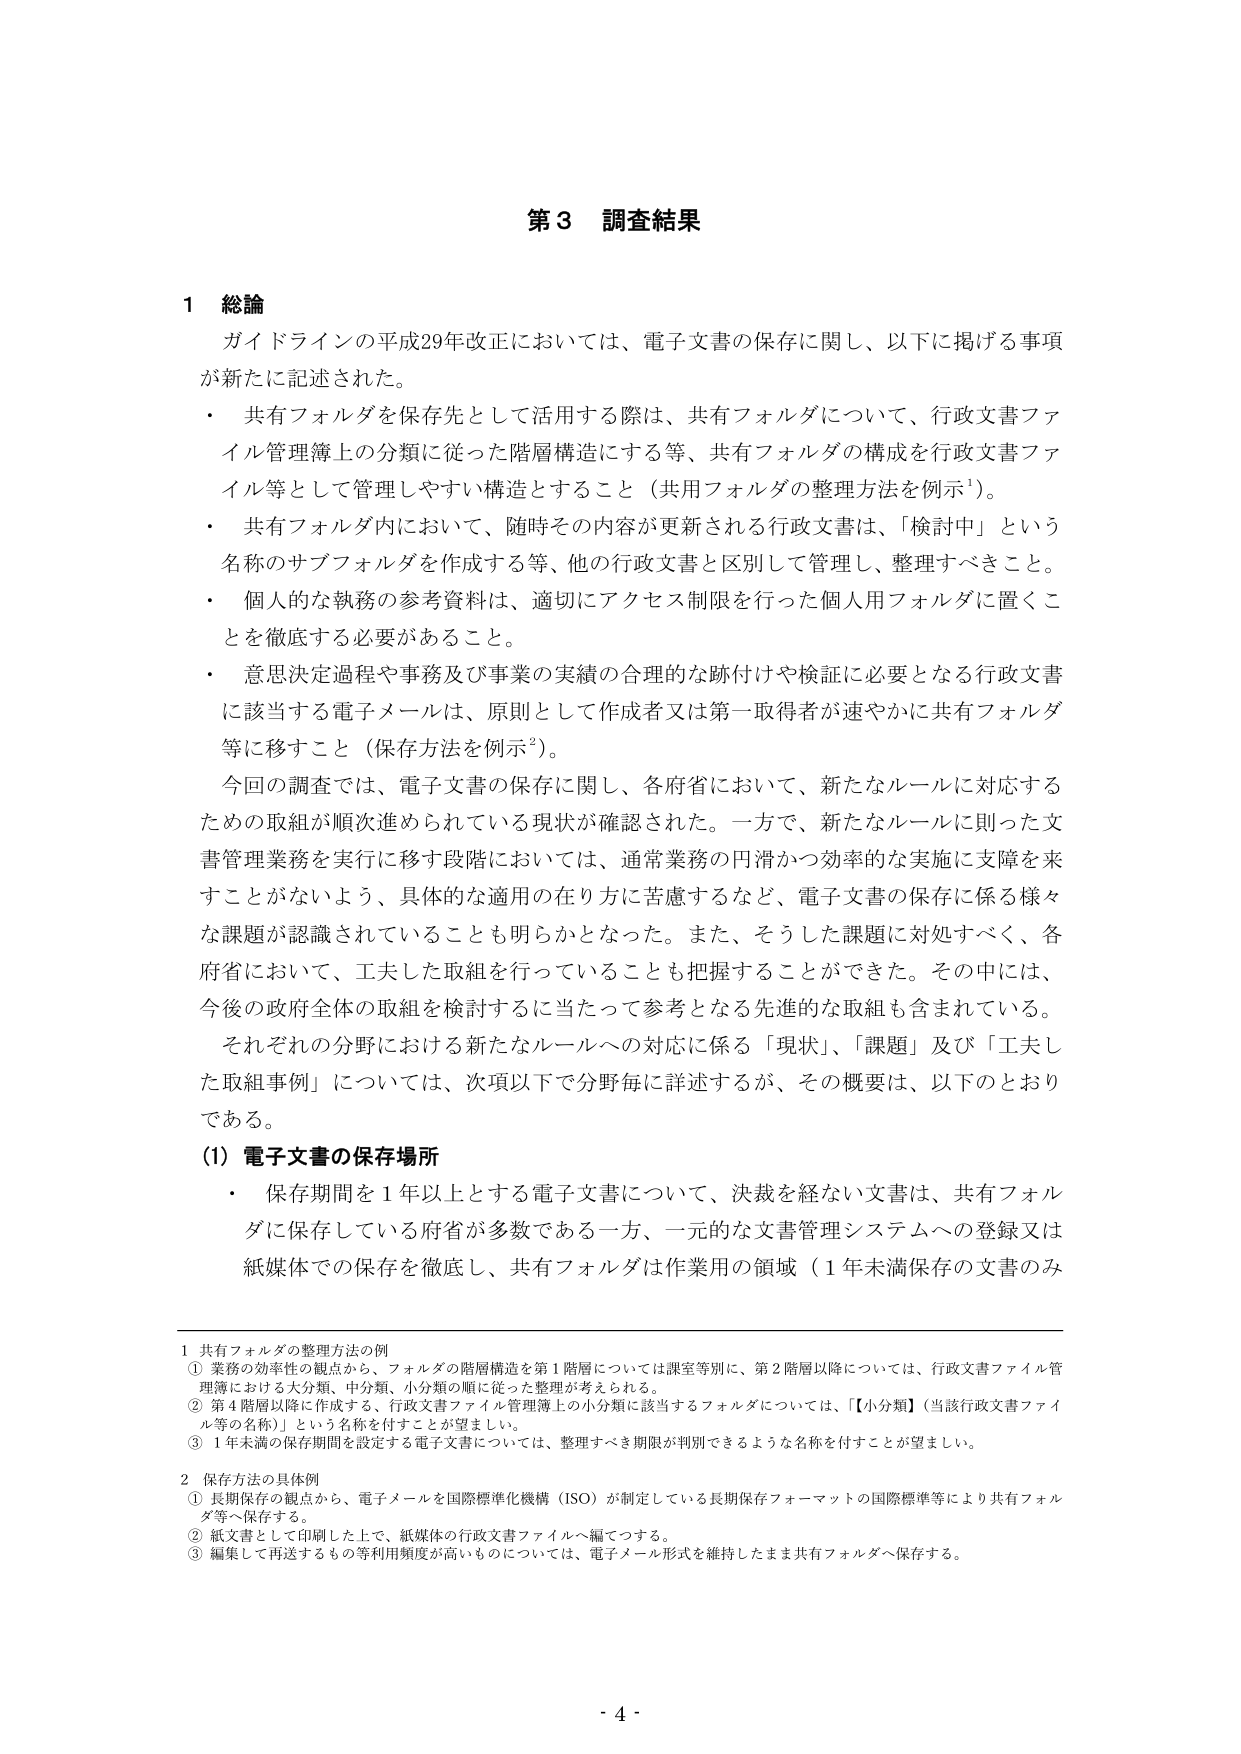
第3 調査結果

1 総論
ガイドラインの平成29年改正においては、電子文書の保存に関し、以下に掲げる事項が新たに記述された。
・ 共有フォルダを保存先として活用する際は、共有フォルダについて、行政文書ファイル管理簿上の分類に従った階層構造にする等、共有フォルダの構成を行政文書ファイル等として管理しやすい構造とすること（共用フォルダの整理方法を例示¹）。
・ 共有フォルダ内において、随時その内容が更新される行政文書は、「検討中」という名称のサブフォルダを作成する等、他の行政文書と区別して管理し、整理すべきこと。
・ 個人的な執務の参考資料は、適切にアクセス制限を行った個人用フォルダに置くことを徹底する必要があること。
・ 意思決定過程や事務及び事業の実績の合理的な跡付けや検証に必要となる行政文書に該当する電子メールは、原則として作成者又は第一取得者が速やかに共有フォルダ等に移すこと（保存方法を例示²）。
今回の調査では、電子文書の保存に関し、各府省において、新たなルールに対応するための取組が順次進められている現状が確認された。一方で、新たなルールに則った文書管理業務を実行に移す段階においては、通常業務の円滑かつ効率的な実施に支障を来すことがないよう、具体的な適用の在り方に苦慮するなど、電子文書の保存に係る様々な課題が認識されていることも明らかとなった。また、そうした課題に対処すべく、各府省において、工夫した取組を行っていることも把握することができた。その中には、今後の政府全体の取組を検討するに当たって参考となる先進的な取組も含まれている。
それぞれの分野における新たなルールへの対応に係る「現状」、「課題」及び「工夫した取組事例」については、次項以下で分野毎に詳述するが、その概要は、以下のとおりである。

(1) 電子文書の保存場所
・ 保存期間を1年以上とする電子文書について、決裁を経ない文書は、共有フォルダに保存している府省が多数である一方、一元的な文書管理システムへの登録又は紙媒体での保存を徹底し、共有フォルダは作業用の領域（1年未満保存の文書のみ

1 共有フォルダの整理方法の例
① 業務の効率性の観点から、フォルダの階層構造を第1階層については課室等別に、第2階層以降については、行政文書ファイル管理簿における大分類、中分類、小分類の順に従った整理が考えられる。
② 第4階層以降に作成する、行政文書ファイル管理簿上の小分類に該当するフォルダについては、「【小分類】（当該行政文書ファイル等の名称）」という名称を付することが望ましい。
③ 1年未満の保存期間を設定する電子文書については、整理すべき期限が判別できるような名称を付することが望ましい。

2 保存方法の具体例
① 長期保存の観点から、電子メールを国際標準化機構（ISO）が制定している長期保存フォーマットの国際標準等により共有フォルダ等へ保存する。
② 紙文書として印刷した上で、紙媒体の行政文書ファイルへ編てつする。
③ 編集して再送するもの等利用頻度が高いものについては、電子メール形式を維持したまま共有フォルダへ保存する。

- 4 -